Report on the lunatic asylums under the Government of Bombay - 1904-1913
Year: 1904
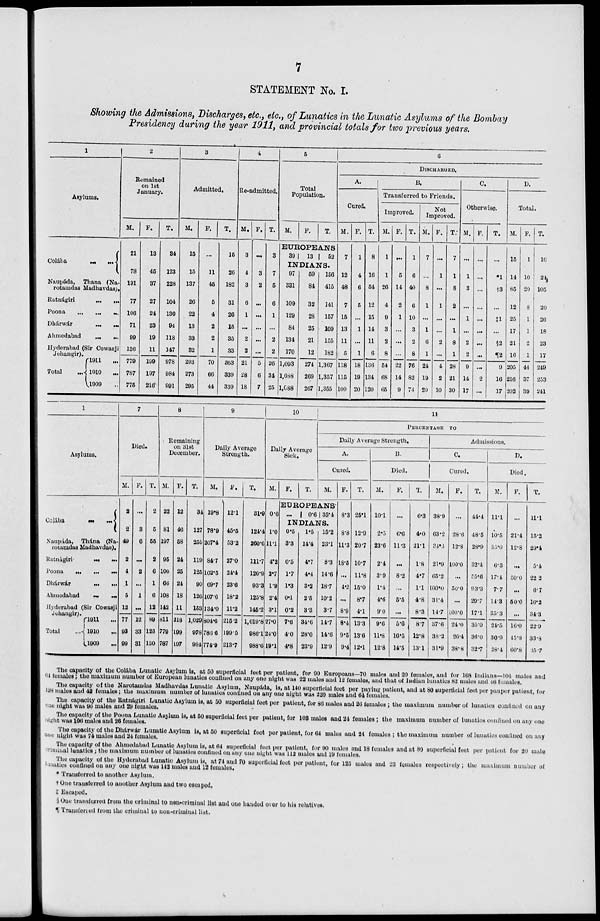
7
STATEMENT No. I.
Showing the Admissions, Discharges, etc., etc., of Lunatics in the Lunatic Asylums of the Bombay
Presidency during the year 1911, and provincial totals for two previous years.
1
Asylums.
Colába
...
...
Naupáda, Thana (Na-
rotamdas Madhavdas).
Ratnágiri ... ...
Poona
...
...
...
Dhárwár ... ...
Ahmedabad
...
...
Hyderabad (Sir Cowasji
Jehangir).
Total
...
1911
...
1910
...
1909 ...
2
Remained
on 1st
January.
M.
21
78
191
77
106
71
99
136
779
787
775
F.
13
45
37
27
24
23
19
11
199
197
216
T.
34
123
228
104
130
94
118
147
978
984
991
3
Admitted.
M.
15
15
137
26
22
13
33
32
293
273
295
F.
...
11
45
5
4
2
2
1
70
66
44
T.
15
26
182
31
26
15
35
33
363
339
339
4
Re-admitted.
M.
3
4
3
6
1
...
2
2
21
28
18
F.
...
3
2
...
...
...
...
...
5
6
7
T.
3
7
5
6
1
...
2
2
26
34
25
5
Total
Population.
M.
F.
T.
EUROPEANS.
39
13
52
INDIANS.
97
331
109
129
84
134
170
1,093
1,088
1,088
59
84
32
28
25
21
12
274
269
267
156
415
141
157
109
155
182
1,367
1,357
1,355
6
DISCHARGED.
A.
Cured.
M.
7
12
48
7
15
13
11
5
118
115
100
F.
1
4
6
5
...
1
...
1
18
19
20
T.
8
16
54
12
15
14
11
6
136
134
120
B.
Transferred to Friends.
Improved.
M.
1
1
26
4
9
3
2
8
54
68
65
F.
...
5
14
2
1
...
...
...
22
14
9
T.
1
6
40
6
10
3
2
8
76
82
74
Not
Improved.
M.
7
...
8
1
...
1
6
1
24
19
20
F.
...
1
...
1
...
...
2
...
4
2
10
T.
7
1
8
2
...
1
8
1
28
21
30
C.
Otherwise.
M.
...
1
3
...
1
...
2
2
9
14
17
F.
...
...
...
...
...
...
...
...
...
2
...
T.
...
*1
†3
...
‡1
...
§2
¶2
9
16
17
D.
Total.
M.
15
14
85
12
25
17
21
16
205
216
202
F.
1
10
20
8
1
1
2
1
44
37
39
T.
16
24
105
20
26
18
23
17
249
253
241
1
Asylums.
Colába
...
...
Naupáda, Thána (Na-
rotamdas Madhavdas).
Ratnágiri
...
...
Poona
...
...
...
Dhárwár
...
...
Ahmedabad ... ...
Hyderabad (Sir Cowasji
Jehangir).
Total
...
1911
...
1910 ...
1909
...
7
Died.
M.
2
2
49
2
4
1
5
12
77
93
99
F.
...
3
6
...
2
...
1
...
12
33
31
T.
2
5
55
2
6
1
6
12
89
126
130
8
Remaining
on 31st
December.
M.
22
81
197
95
100
66
108
142
811
779
787
F.
12
46
58
24
25
24
18
11
218
199
197
T.
34
127
255
119
125
90
126
153
1,029
978
984
9
Daily Average
Strength.
M.
19.8
78.9
207.4
84.7
102.5
69.7
107.6
134.0
804.6
786.6
774.9
F.
12.1
45.5
53.2
27.0
24.4
23.6
18.2
11.2
215.2
199.5
213.7
T.
31.9
124.4
260.6
111.7
126.9
93.3
125.8
145.2
1,019.8
986.1
988.6
10
Daily Average
Sick.
M.
0.6
1.0
11.1
4.2
2.7
1.9
2.4
3.1
27.0
24.0
19.1
F. T.
11
PERCENTAGE TO
Daily Average Strength.
A.
Cured.
M.
EUROPEANS
...
0.6 35.4
INDIANS.
0.5
3.3
0.5
1.7
1.3
0.1
0.2
7.6
4.0
4.8
1.5
14.4
4.7
4.4
3.2
2.5
3.3
34.6
28.0
23.9
15.2
23.1
8.3
14.6
18.7
10.2
3.7
14.7
14.6
12.9
F.
8.3
8.8
11.3
18.5
...
4.2
...
8.9
8.4
9.5
9.4
T.
25.1
12.9
20.7
10.7
11.8
15.0
8.7
4.1
13.3
13.6
12.1
B.
Died.
M.
10.1
2.3
23.6
2.4
3.9
1.4
4.6
9.0
9.6
11.8
12.8
F.
...
6.6
11.3
...
8.2
...
5.5
...
5.6
16.5
14.5
T.
6.3
4.0
21.1
1.8
4.7
1.1
4.8
8.3
8.7
12.8
13.1
Admissions.
C.
Cured.
M.
38.9
63.2
34.3
21.9
65.2
100.0
34.4
14.7
37.6
38.2
31.9
F.
...
28.6
12.8
100.0
...
50.0
...
100.0
24.0
26.4
38.8
T.
44.4
48.5
28.9
32.4
55.6
93.3
29.7
17.1
35.0
36.0
32.7
D.
Died.
M.
11.1
10.5
33.0
6.3
17.4
7.7
14.3
35.3
24.5
30.9
28.4
F.
...
21.4
12.8
...
50.0
...
50.0
...
16.0
45.8
60.8
T.
11.1
15.2
29.4
5.4
22.2
6.7
16.2
34.3
22.9
33.8
35.7
The capacity of the Colába Lunatic Asylum is, at 50 superficial feet per patient, for 90 Europeans—70 males and 20 females, and for 168 Indians—104 males and
64 females; the maximum number of European lunatics confined on any one night was 22 males and 12 females, and that of Indian lunatics 82 males and 46 females.
The capacity of the Narotamdas Madhavdas Lunatic Asylum, Naupáda, is, at 140 superficial feet per paying patient, and at 80 superficial feet per pauper patient, for
198 males and 42 females; the maximum number of lunatics confined on any one night was 220 males and 64 females.
The capacity of the Ratnágiri Lunatic Asylum is, at 50 superficial feet per patient, for 86 males and 26 females; the maximum number of lunatics confined on any
one night was 96 males and 29 females.
The capacity of the Poona Lunatic Asylum is, at 50 superficial feet per patient, for 108 males and 24 females; the maximum number of lunatics confined on any one
night was 106 males and 26 females.
The capacity of the Dhárwár Lunatic Asylum is, at 50 superficial feet per patient, for 64 males and 24 females; the maximum number of lunatics confined on any
one night was 74 males and 24 females.
The capacity of the Ahmedabad Lunatic Asylum is, at 64 superficial feet per patient, for 90 males and 18 females and at 80 superficial feet per patient for 20 male
criminal lunatics ; the maximum number of lunatics confined on any one night was 112 males and 19 females.
The capacity of the Hyderabad Lunatic Asylum is, at 74 and 70 superficial feet per patient, for 125 males and 23 females respectively; the maximum number of
lunatics confined on any one night was 142 males and 12 females.
* Transferred to another Asylum.
† One transferred to another Asylum and two escaped.
‡ Escaped.
§ One transferred from the criminal to non-criminal list and one handed over to his relatives.
¶ Transferred from the criminal to non-criminal list.